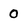
Character: 0